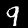
Digit: 9